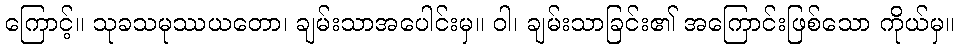
ကြောင့်။ သုခသမုဿယတော၊ ချမ်းသာအပေါင်းမှ။ ဝါ၊ ချမ်းသာခြင်း၏ အကြောင်းဖြစ်သော ကိုယ်မှ။